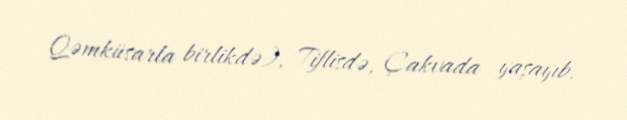
Qəmküsarla birlikdə), Tiflisdə, Çakvada yaşayıb.